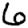
Digit: 6